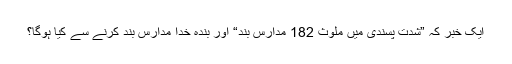
ایک خبر کہ ”شدت پسندی میں ملوث 182 مدارس بند“ اور بندہ خدا مدارس بند کرنے سے کیا ہوگا؟